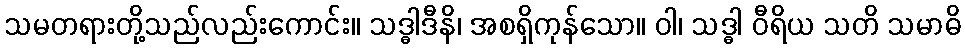
သမတရားတို့သည်လည်းကောင်း။ သဒ္ဓါဒီနိ၊ အစရှိကုန်သော။ ဝါ၊ သဒ္ဓါ ဝီရိယ သတိ သမာဓိ